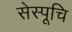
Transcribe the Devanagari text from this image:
सेस्पूचि